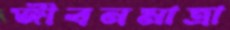
জীবনমাত্রা